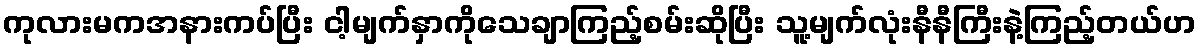
ကုလားမကအနားကပ်ပြီး ငါ့မျက်နှာကိုသေချာကြည့်စမ်းဆိုပြီး သူ့မျက်လုံးနီနီကြီးနဲ့ကြည့်တယ်ဟ